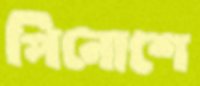
পিনোশে